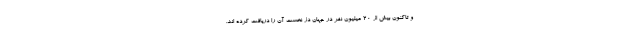
و تاکنون بیش از 20 میلیون نفر در جهان دُز نخست آن را دریافت کرده اند.